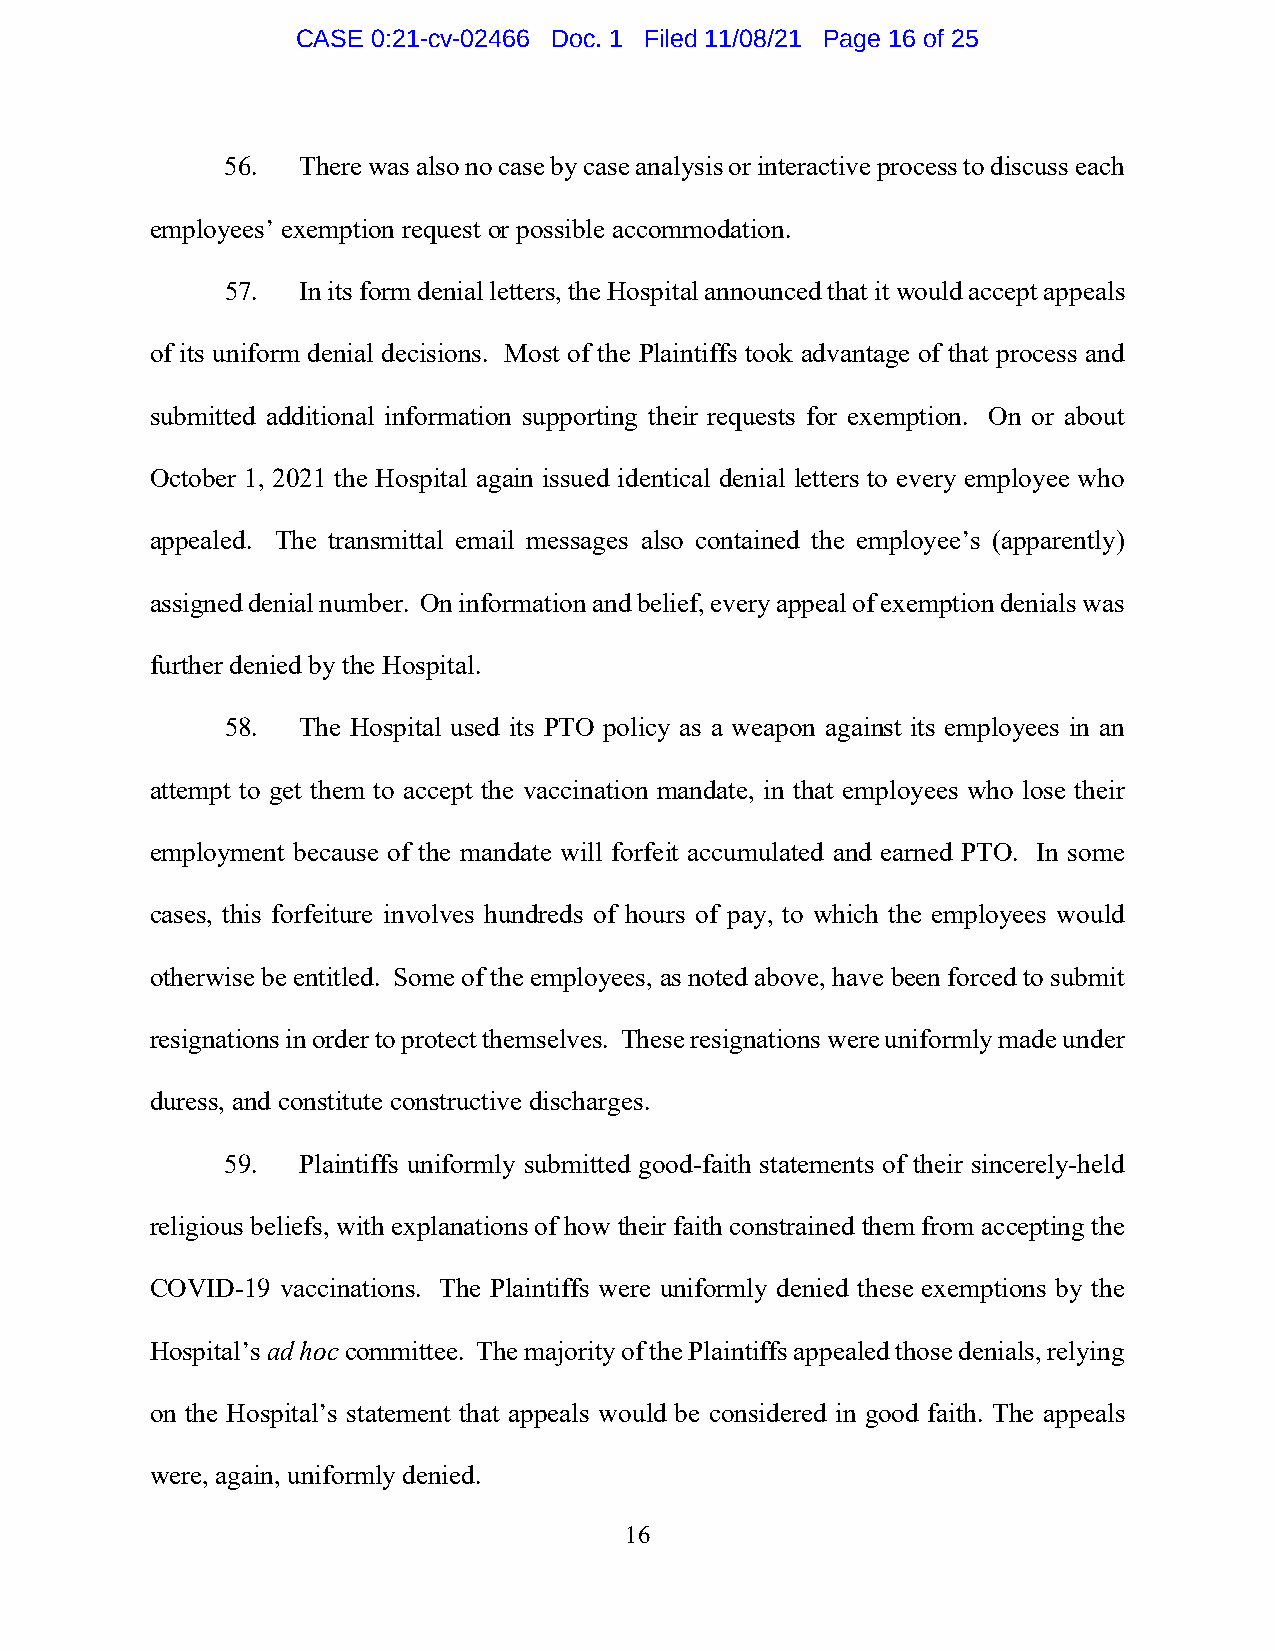
CASE 0:21-cv-02466 Doc. 1 Filed 11/08/21 Page 16 of 25
 56.  There was also no case by case analysis or interactive process to discuss each
 employees’ exemption request or possible accommodation.
 57.  In its form denial letters, the Hospital announced that it would accept appeals
 of its uniform denial decisions. Most of the Plaintiffs took advantage of that process and
 submitted additional information supporting their requests for exemption. On or about
 October 1, 2021 the Hospital again issued identical denial letters to every employee who
 appealed. The transmittal email messages also contained the employee’s (apparently)
 assigned denial number. On information and belief, every appeal of exemption denials was
 further denied by the Hospital.
 58.  The Hospital used its PTO policy as a weapon against its employees in an
 attempt to get them to accept the vaccination mandate, in that employees who lose their
 employment because of the mandate will forfeit accumulated and earned PTO. In some
 cases, this forfeiture involves hundreds of hours of pay, to which the employees would
 otherwise be entitled. Some of the employees, as noted above, have been forced to submit
 resignations in order to protect themselves. These resignations were uniformly made under
 duress, and constitute constructive discharges.
 59.  Plaintiffs uniformly submitted good-faith statements of their sincerely-held
 religious beliefs, with explanations of how their faith constrained them from accepting the
 COVID-19 vaccinations. The Plaintiffs were uniformly denied these exemptions by the
 Hospital’s ad hoc committee. The majority of the Plaintiffs appealed those denials, relying
 on the Hospital’s statement that appeals would be considered in good faith. The appeals
 were, again, uniformly denied.
 16